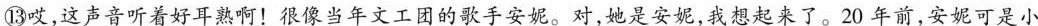
⑬哎，这声音听着好耳熟啊！很像当年文工团的歌手安妮。对，她是安妮，我想起来了。20年前，安妮可是小